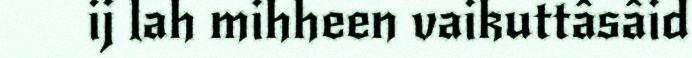
ij lah mihheen vaikuttâsâid